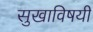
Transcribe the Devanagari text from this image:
सुखाविषयी